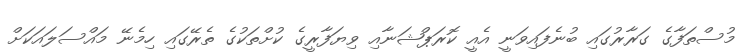
މުސްތަފާގެ ގަރާރުގައި ބުނެފައިވަނީ އެއީ ކޮރަޕްޝަނާއި ވިޔަފާރީގެ ކުށްތަކުގެ ތެރޭގައި ހިމެނޭ މައްސަލައަކަށް